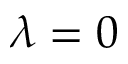
\lambda = 0